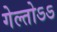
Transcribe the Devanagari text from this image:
गेल्तोऽऽ